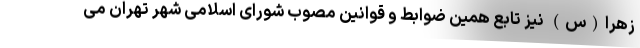
زهرا(س) نیز تابع همین ضوابط و قوانین مصوب شورای اسلامی شهر تهران می